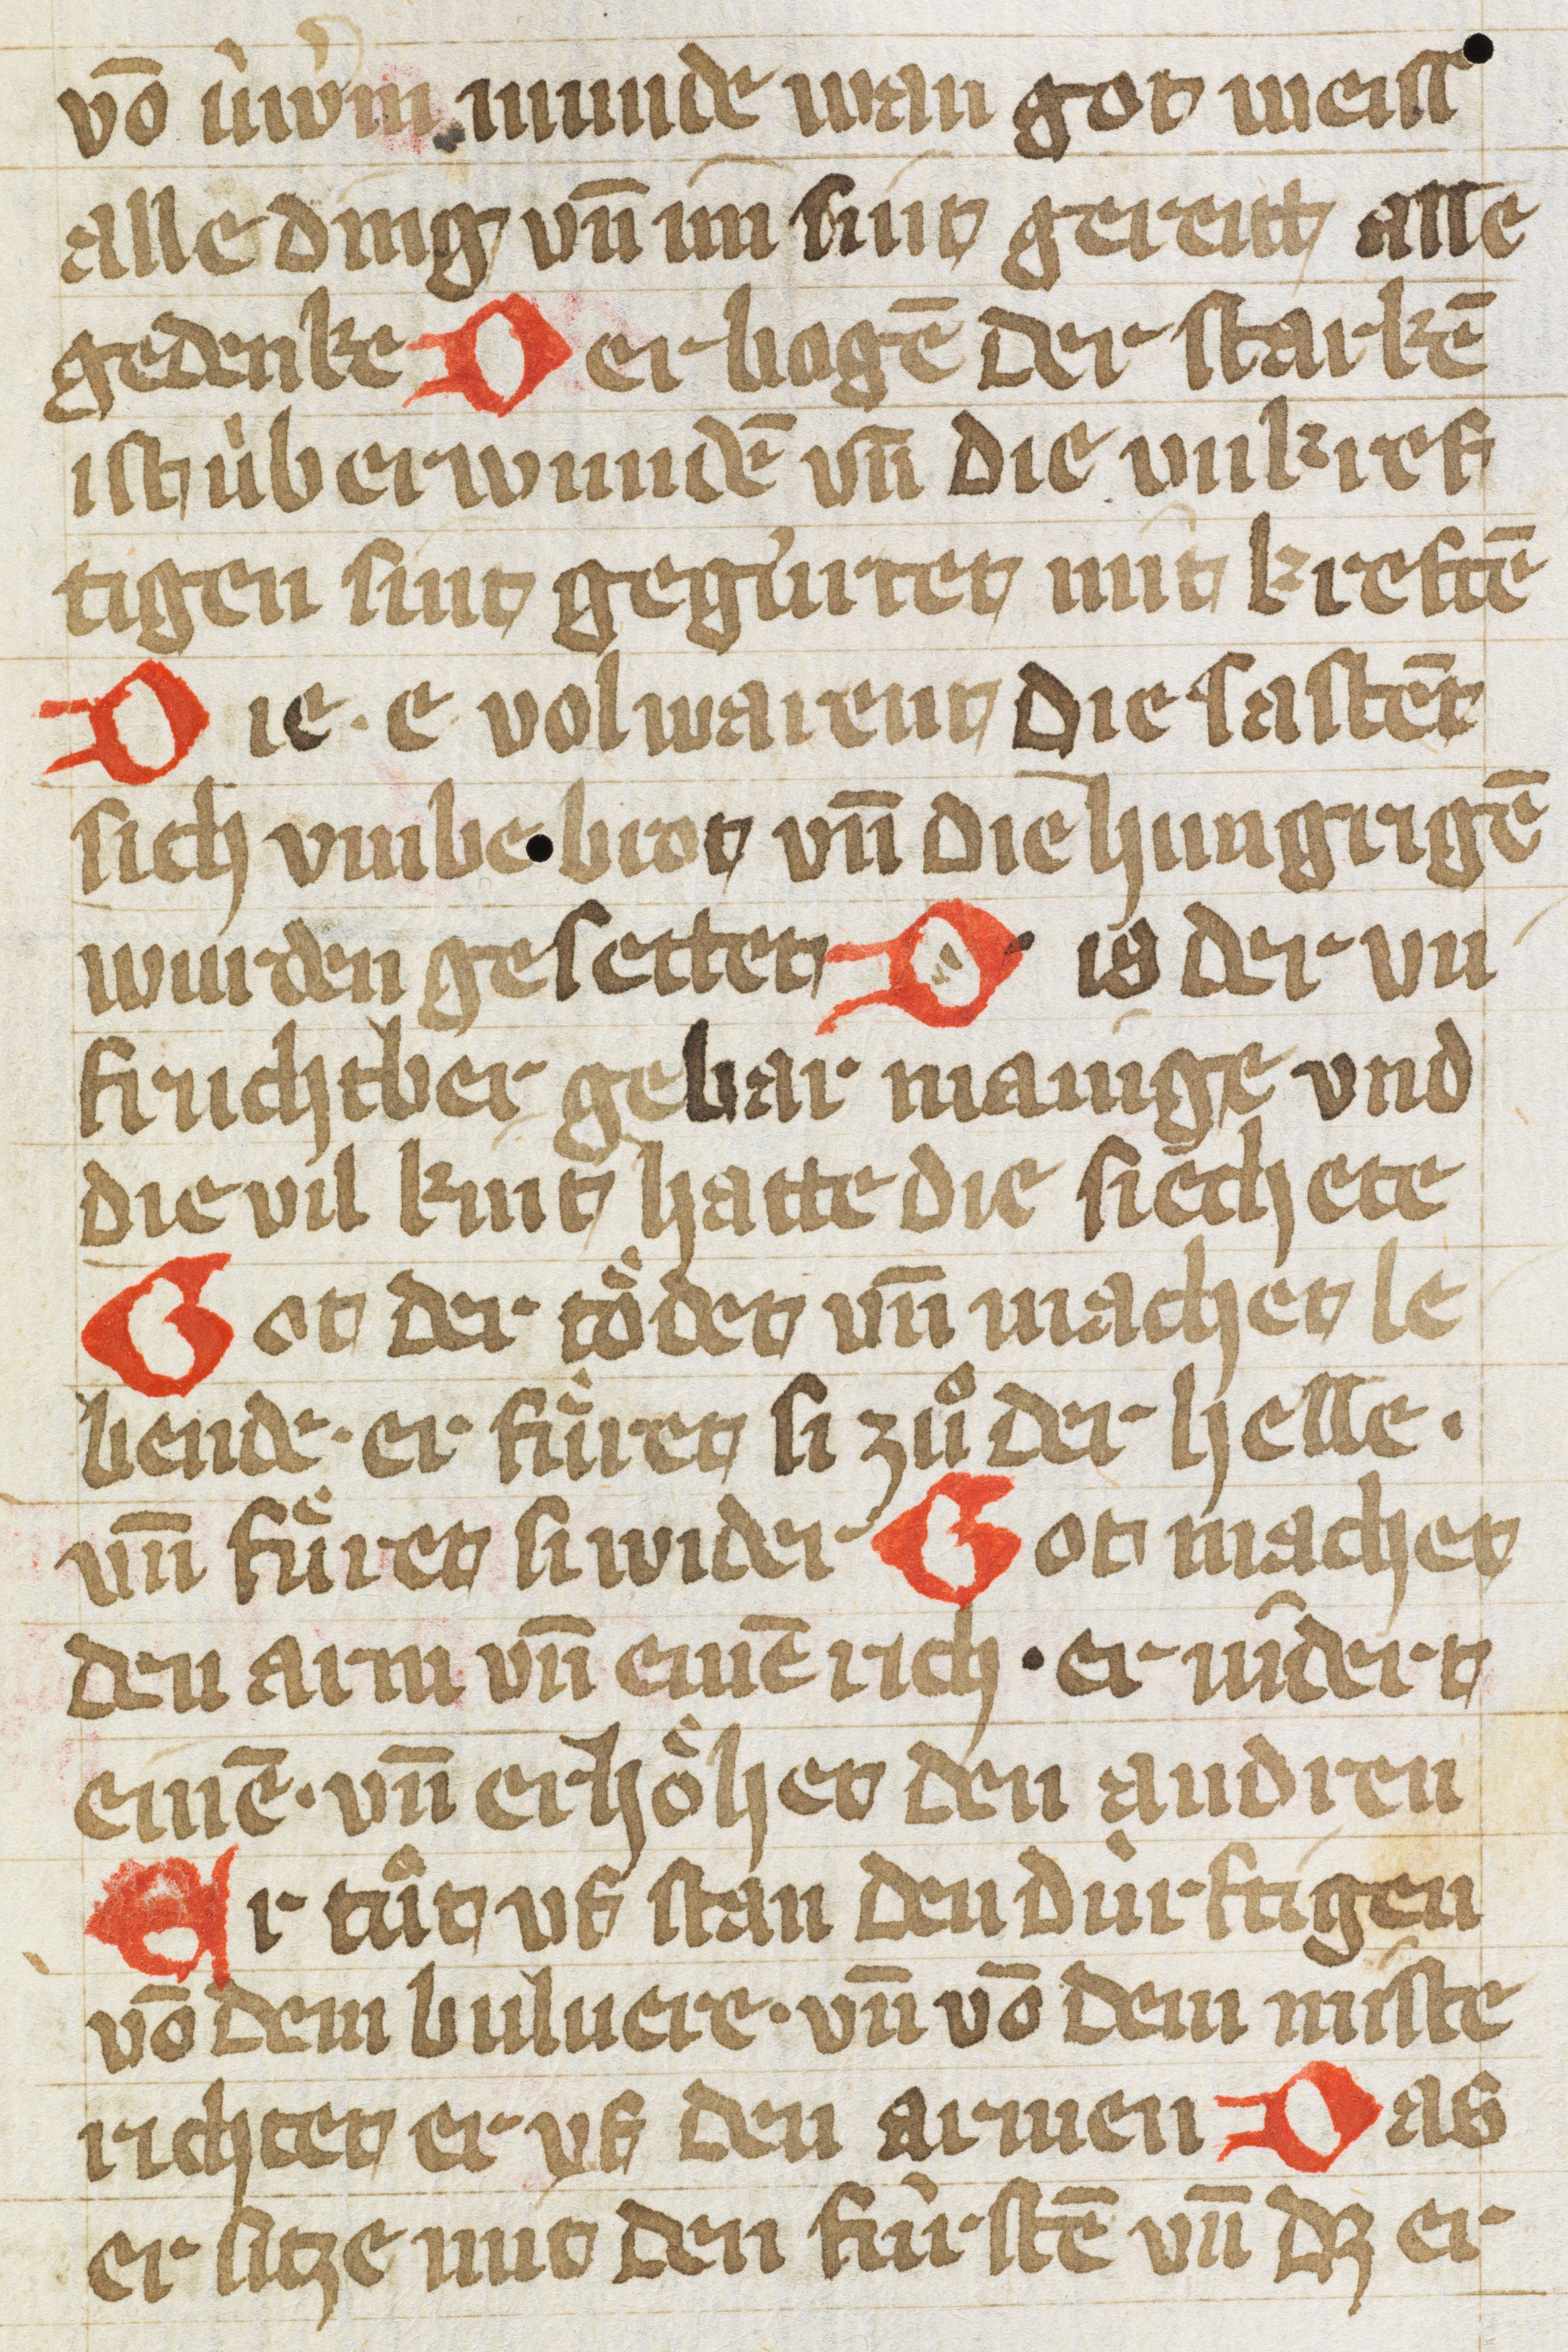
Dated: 1400–1430